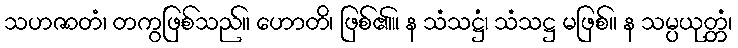
သဟဇာတံ၊ တကွဖြစ်သည်။ ဟောတိ၊ ဖြစ်၏။ န သံသဋ္ဌံ၊ သံသဋ္ဌ မဖြစ်။ န သမ္ပယုတ္တံ၊